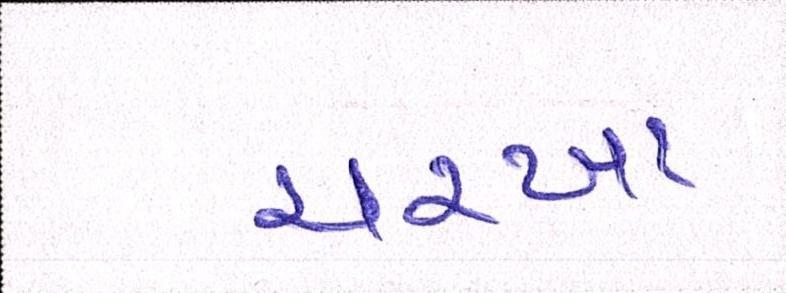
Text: ચરખા